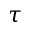
\tau